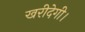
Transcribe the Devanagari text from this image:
खरीदेगी।